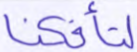
لتأفكنا